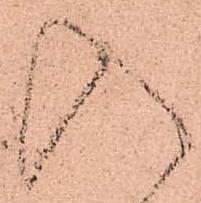
入